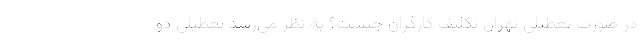
در صورت تعطیلی تهران تکلیف کارگران چیست؟ به نظر می‌رسد تعطیلی دو